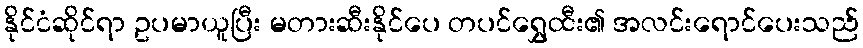
နိုင်ငံဆိုင်ရာ ဥပမာယူပြီး မတားဆီးနိုင်ပေ တပင်ရွှေထီး၏ အလင်းရောင်ပေးသည်